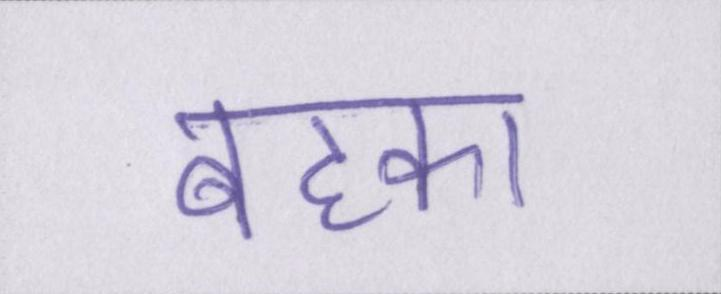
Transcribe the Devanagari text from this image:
बहका